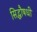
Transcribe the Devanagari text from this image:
सिद्धौषधी